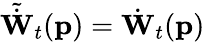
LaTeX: \tilde{\dot{\mathbf{W}}}_{t}(\mathbf{p})=\dot{\mathbf{W}}_{t}(\mathbf{p})